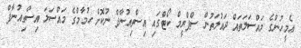
އެމީހުންގެ މައްސަލަތައް ދައުލަތުން ސްޕްރީމް ކޯޓްގައި އިސްތިއުނާފް ނުކޮށް ހުމާމްގެ މައްސަލަ އިސްތިއުނާފް